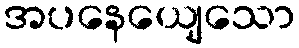
အပနေယျေသော